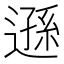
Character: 遜